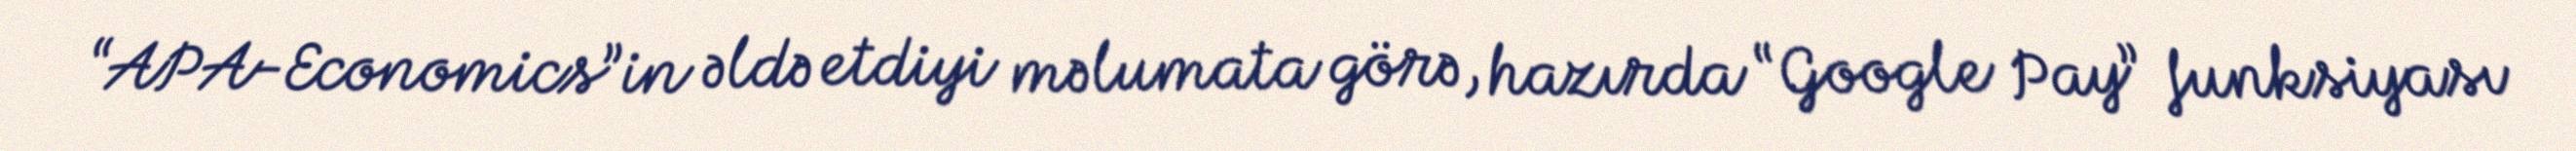
“APA-Economics”in əldə etdiyi məlumata görə, hazırda “Google Pay” funksiyası